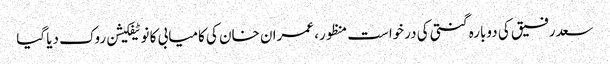
سعدرفیق کی دوبارہ گنتی کی درخواست منظور، عمران خان کی کامیابی کا نوٹیفکیشن روک دیا گیا